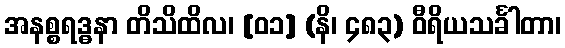
အနစ္စရဒ္ဓနာ တိသိထိလ၊ [၀၁] (နိ၊ ၄၈၃) ဝီရိယသင်္ခါတာ၊